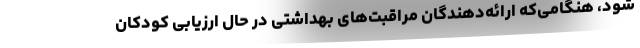
شود، هنگامی‌که ارائه‌دهندگان مراقبت‌های بهداشتی در حال ارزیابی کودکان